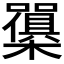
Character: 𭬫